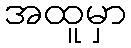
အထူမှာ